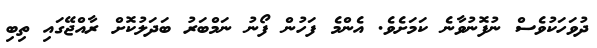
ދުވަހަކުވެސް ނުފޮނުވާނެ ކަމަށެވެ. އެންމެ ފަހުން ފޯނު ނަމްބަރު ބަދަލުކޮށް ރާއްޖޭގައި ތިބި